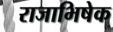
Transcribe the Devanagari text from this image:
राजाभिषेक